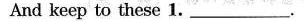
And keep to these 1.___